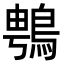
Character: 䳙